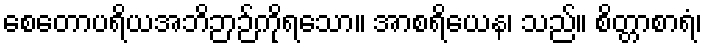
စေတောပရိယအဘိဉာဉ်ကိုရသော။ အာစရိယေန၊ သည်။ စိတ္တာစာရံ၊